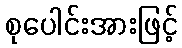
စုပေါင်းအားဖြင့်